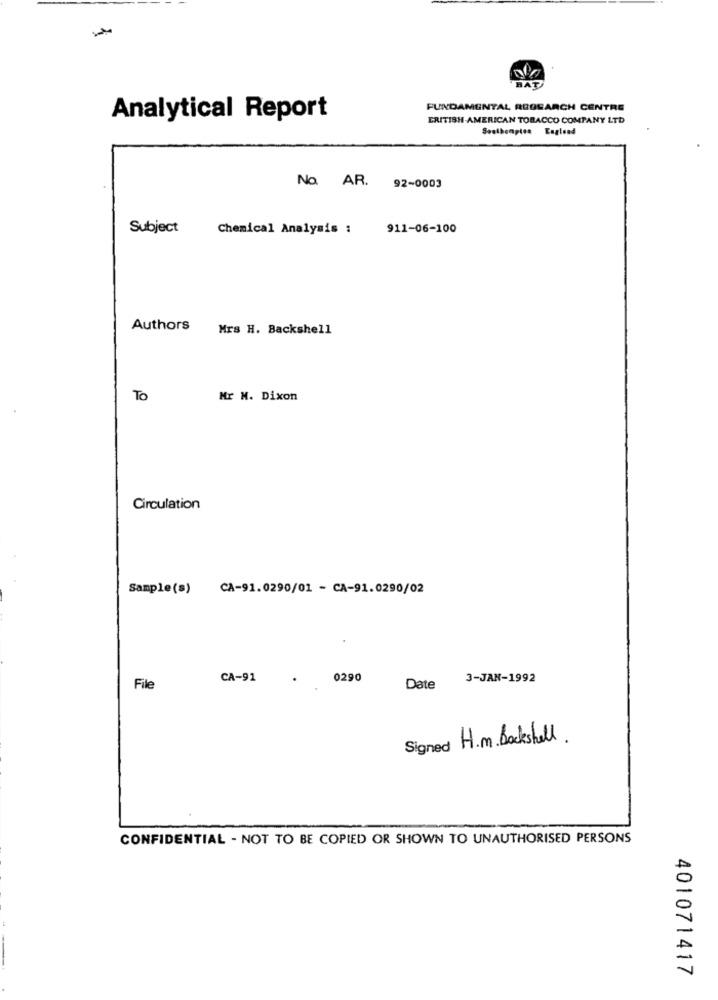
FUNDAMENTAL RESEARCH CENTRE
Analytical Report
BRITISH AMERICAN TOBACCO COMPANY LTD
Southampton Eaglead
No. AR. 92-0003
Subject
Chemical Analysis :
911-06-100
Authors
Mrs H. Backshell
To
Mr M. Dixon
Circulation
Sample(s)
CA-91.0290/01 - CA-91.0290/02
CA-91
0290
3-JAN-1992
File
Date
Signed H.m. Bockshell.
CONFIDENTIAL - NOT TO BE COPIED OR SHOWN TO UNAUTHORISED PERSONS
401071417